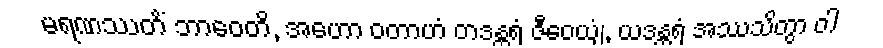
မရဏဿတိံ ဘာဝေတိ, အဟော ဝတာဟံ တဒန္တရံ ဇီဝေယျံ, ယဒန္တရံ အဿသိတွာ ဝါ